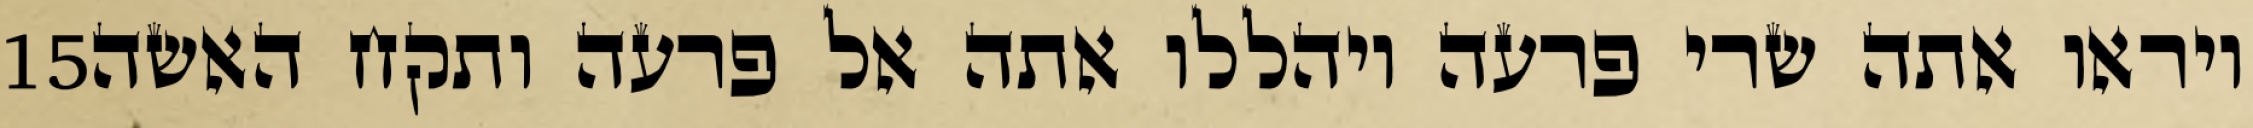
‎15‏ ויראו אתה שרי פרעה ויהללו אתה אל פרעה ותקח האשה